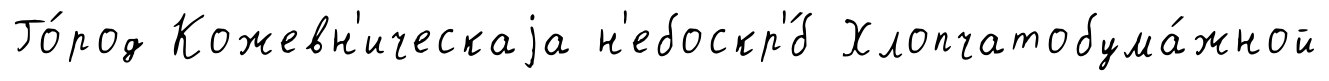
Го́род Кожевн'ическаjа н'ебоскр'́б Хлопчатобума́жной